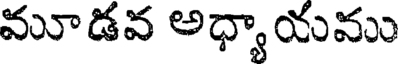
మూడవ అధ్యా యము